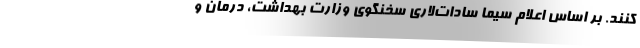
‌کنند. بر اساس اعلام سیما سادات‌لاری سخنگوی وزارت بهداشت، درمان و